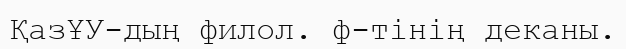
ҚазҰУ-дың филол. ф-тiнiң деканы.